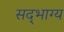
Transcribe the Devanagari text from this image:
सद्‌भाग्य